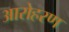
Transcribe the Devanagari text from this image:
आरोहरण